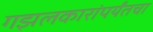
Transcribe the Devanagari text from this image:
गझलकारांपर्यंतचा